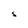
Character: S